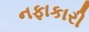
નફાકારી